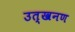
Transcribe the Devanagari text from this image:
उत्खनण